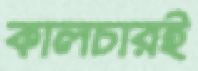
কালচারই